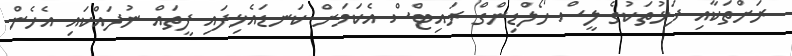
ރަށްތަކާއި ފަޅުތަކުގެ ލީސް ހޯލްޑިންގް ރައިޓްސް އެކަމަށް ކަނޑައެޅިފައި ފީތައް ނުދައްކައި އެހެން